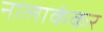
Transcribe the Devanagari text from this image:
नालाकंकर